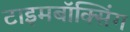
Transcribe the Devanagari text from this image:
टाइमबॉक्सिंग